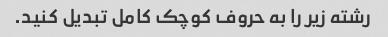
رشته زیر را به حروف کوچک کامل تبدیل کنید.